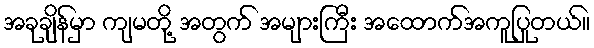
အခုချိန်မှာ ကျမတို့ အတွက် အများကြီး အထောက်အကူပြုတယ်။